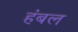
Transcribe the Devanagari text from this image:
हंबल